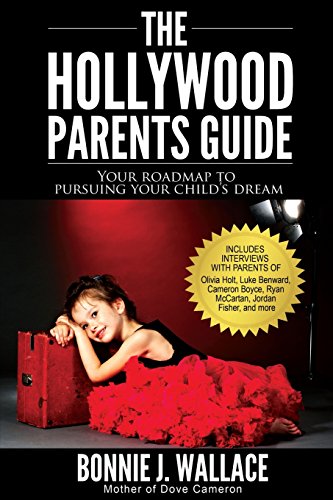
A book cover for The Hollywood Parents Guide: Your Roadmap to Pursuing Your Child's Dream; Bonnie J. Wallace; Arts & Photography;